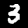
Digit: 3